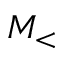
M _ { < }